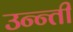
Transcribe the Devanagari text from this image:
उन्न्ती